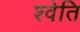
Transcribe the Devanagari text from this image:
श्वेति